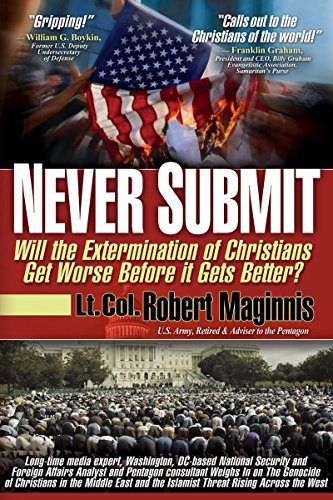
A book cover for Never Submit: Will the Extermination of Christians Get Worse Before It Gets Better?; Maginnis; Religion & Spirituality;